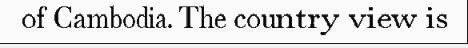
of Cambodia. The country view is